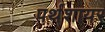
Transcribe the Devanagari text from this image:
पर्थशायर